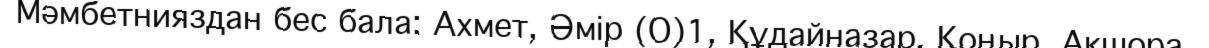
Мәмбетнияздан бес бала: Ахмет, Әмір (О)1, Құдайназар, Қоңыр, Ақшора.